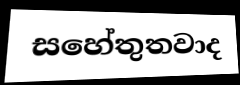
සහේතුතවාද